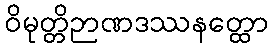
ဝိမုတ္တိဉာဏဒဿနတ္ထော